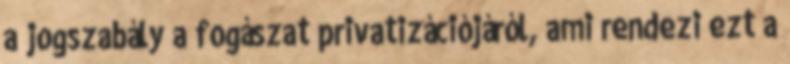
a jogszabály a fogászat privatizációjáról, ami rendezi ezt a